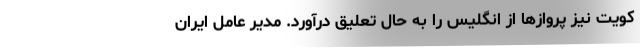
کویت نیز پرواز‌ها از انگلیس را به حال تعلیق درآورد. مدیر عامل ایران